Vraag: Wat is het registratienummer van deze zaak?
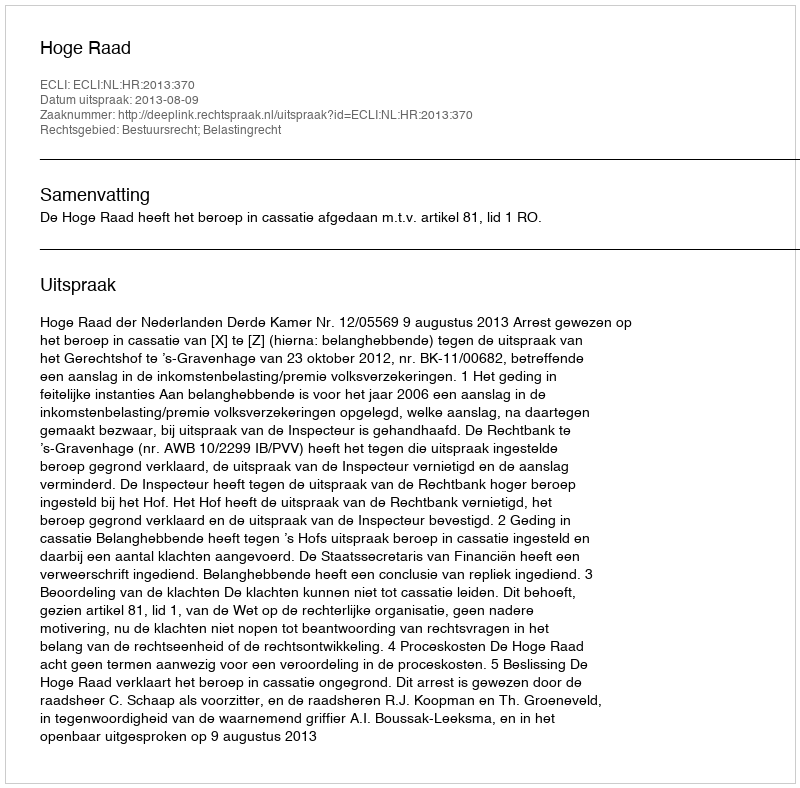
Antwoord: http://deeplink.rechtspraak.nl/uitspraak?id=ECLI:NL:HR:2013:370